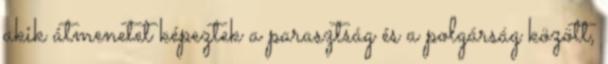
akik átmenetet képeztek a parasztság és a polgárság között,